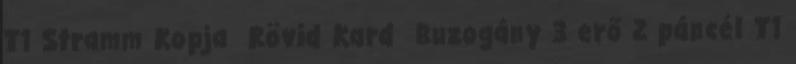
T1 Stramm Kopja Rövid Kard Buzogány 3 erő 2 páncél T1